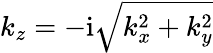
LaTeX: k_{z}=-\mathrm{i}\sqrt{k_{x}^{2}+k_{y}^{2}}